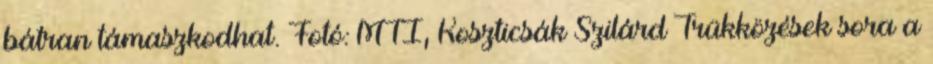
bátran támaszkodhat. Fotó: MTI, Koszticsák Szilárd Trükközések sora a